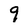
Character: 9